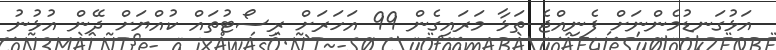
އަޅުގަނޑުމެންނަށް ފެނިއްޖެ ތަޅާ މަރައިގެން 99 އަހަރަށް ރިސޯޓުތައް ކުއްޔަށް ދޭން އުޅުނު